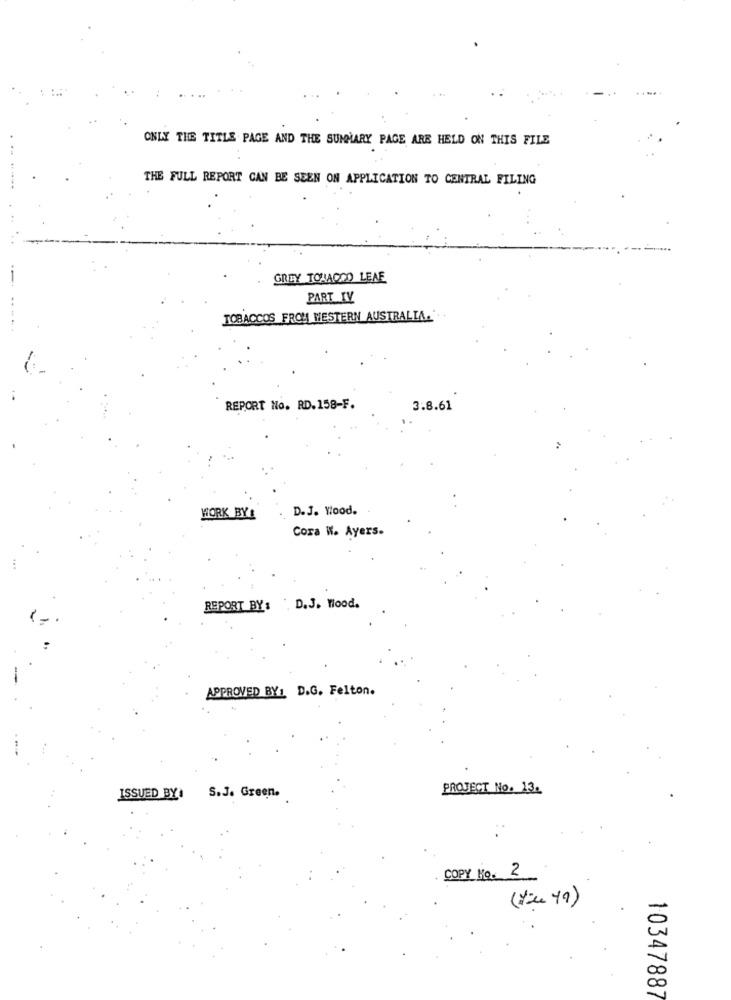
ONLY THE TITLE PAGE AND THE SUMMARY PAGE ARE HELD ON THIS FILE
THE FULL REPORT CAN BE SEEN ON APPLICATION TO CENTRAL FILING
GREY TONABOO LEAE
PART IV
TOBACCOS FROM WESTERN AUSTRALIA.
REPORT No. RD.158-F.
3.8.61
D.J. Wood.
WORK BY &
Cora W. Ayers.
REPORT BY: D.J. Wood.
APPROVED BY: D.G. Felton.
PROJECT No. 13.
ISSUED BY
S.J. Green.
COPY No. 2
(you 49)
10347887